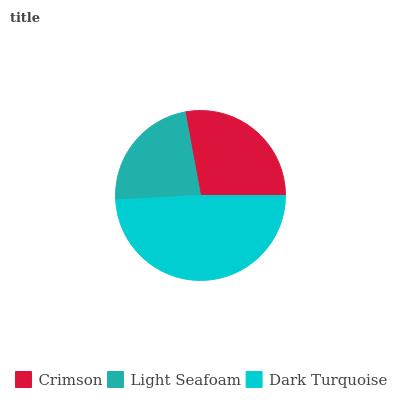
| Crimson | Light Seafoam | Dark Turquoise |
 | --- | --- | --- |
 | 27.9% | 22.9% | 49.2% |